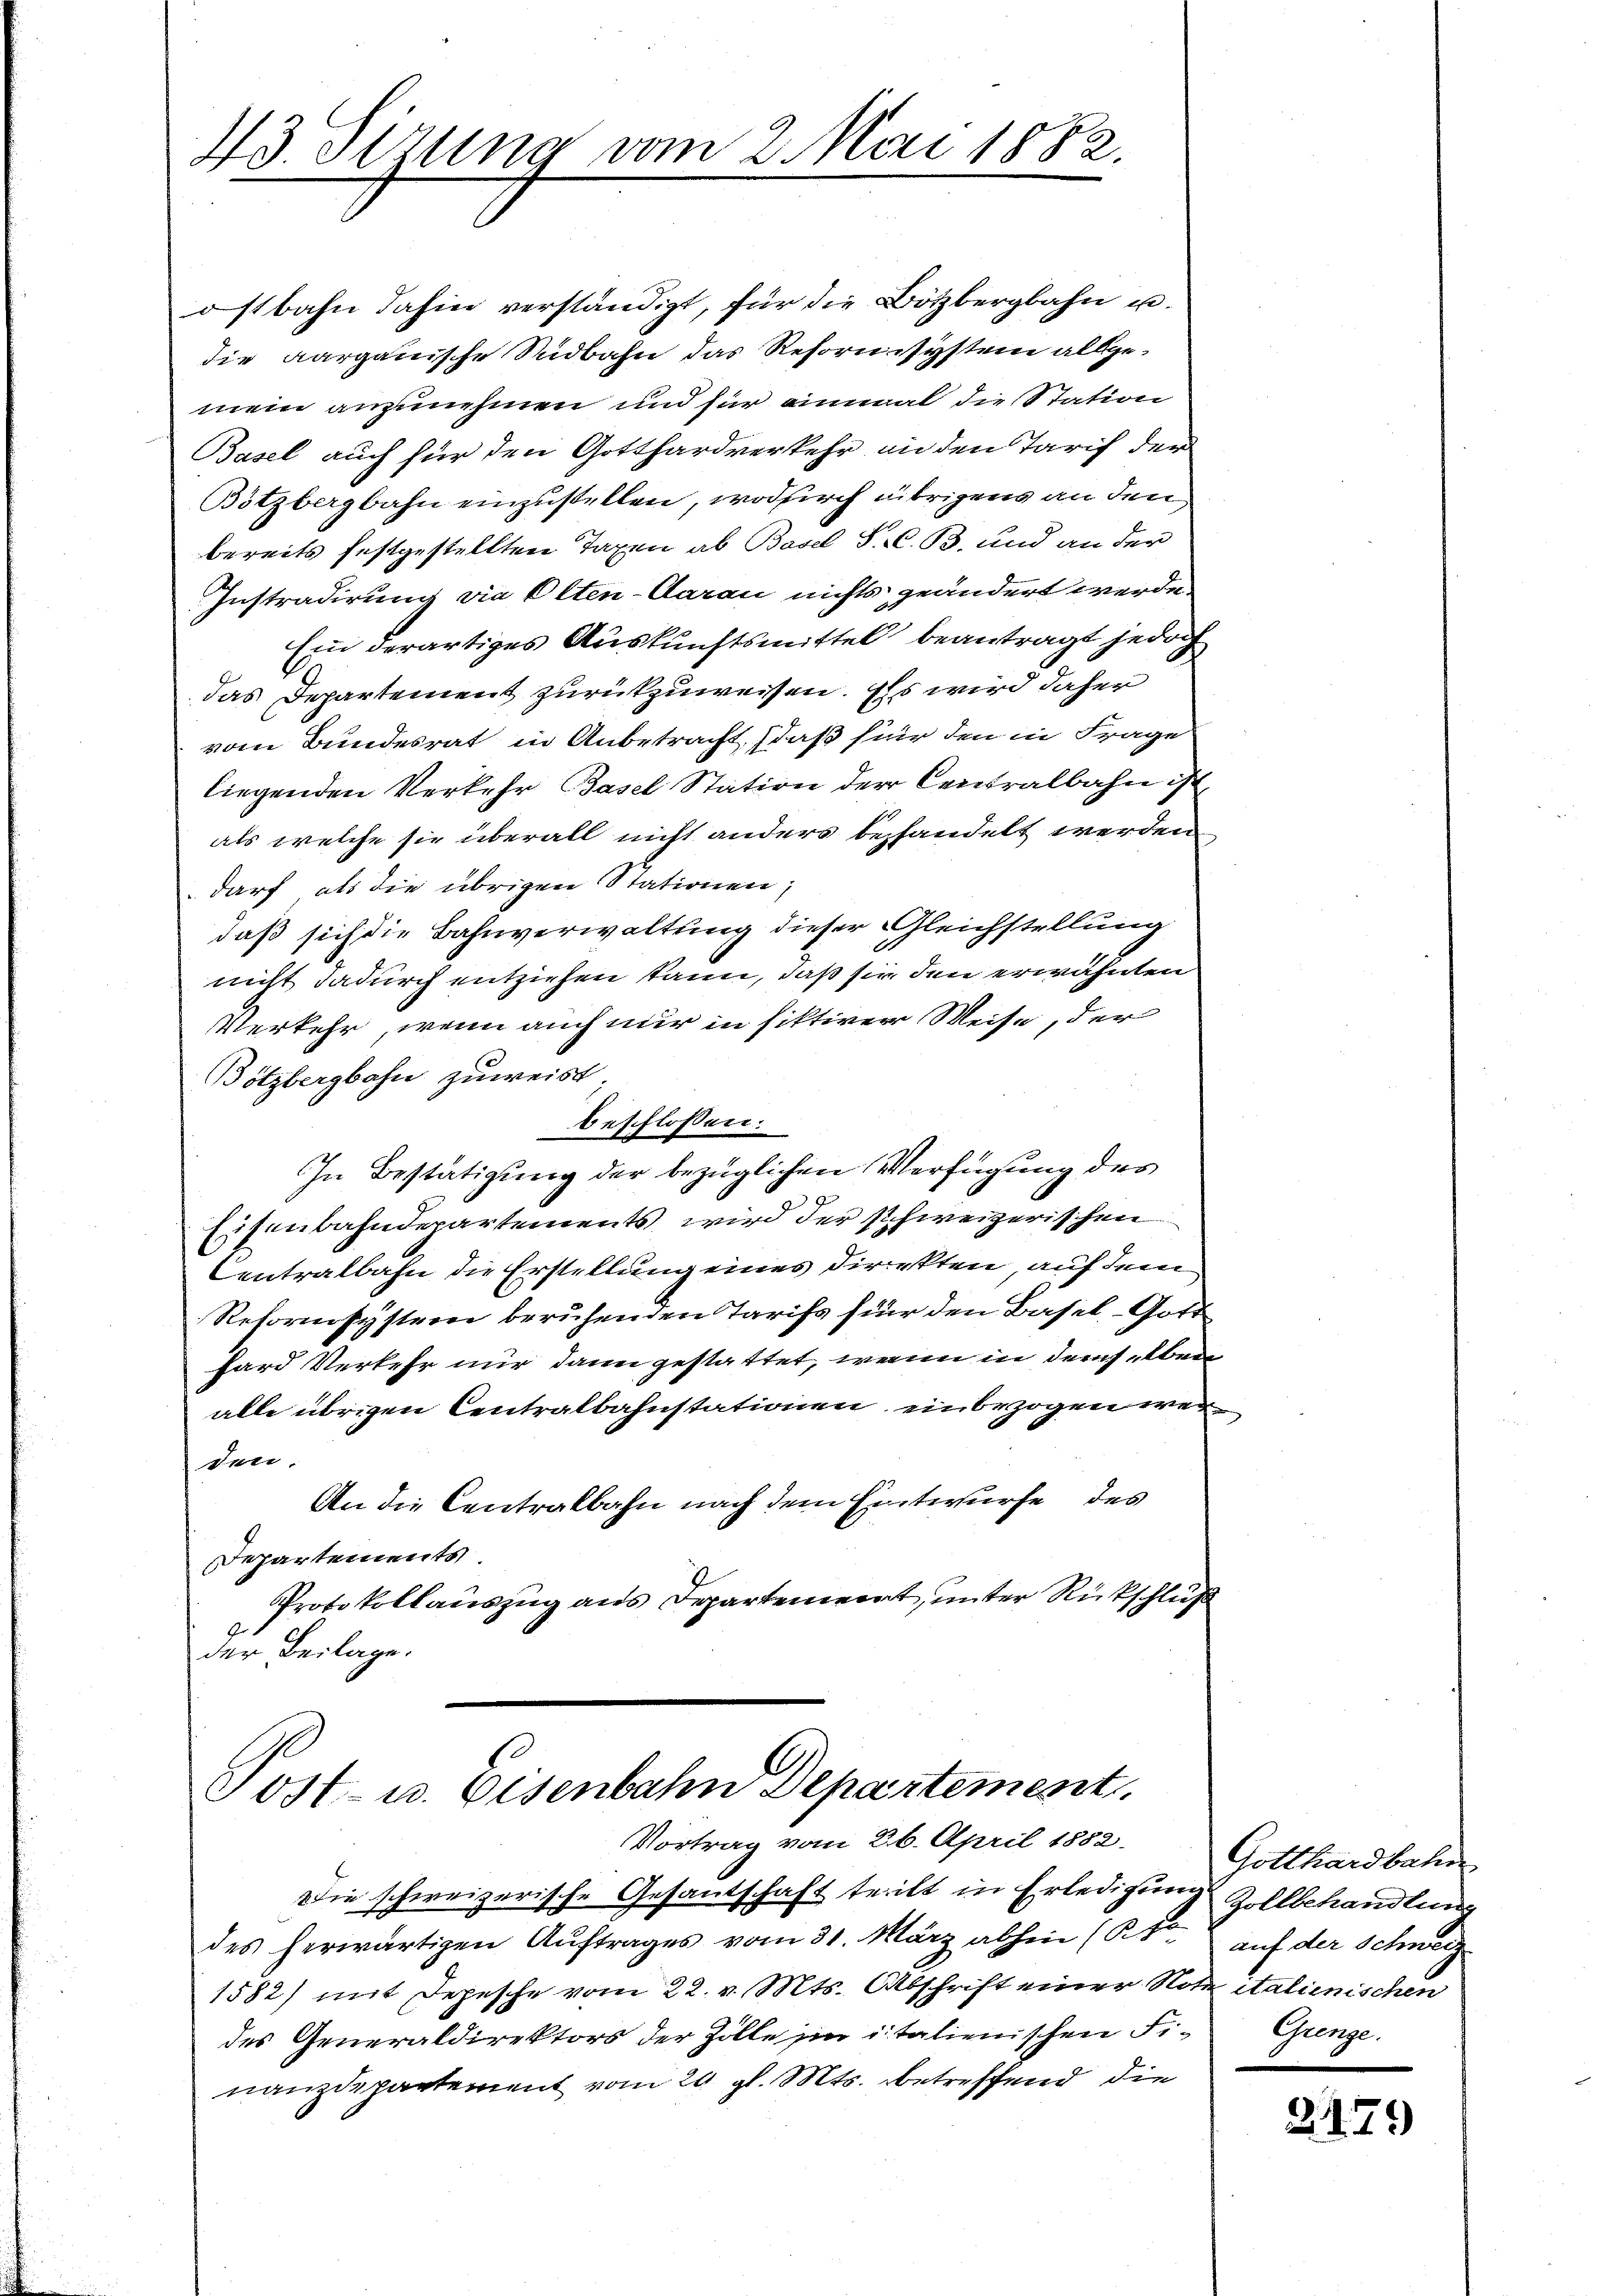
43. Sitzung vom 2. Mai 1882.

ostbahn dahin verständigt, für die Bötzbergbahn u.
die aargauische Südbahn das Reforn system allgemein anzunehmen und für einmal die Station
Basel auch für den Gotthardverkehr in den Tarif der
Bötzbergbahn einzustellen, wodurch übrigens an den
bereits festgestellten Taxen ab Basel S. z. B. und an der
Instradirung vie Olten-Caran nichts geändert werde.
Ein derartiges Auskunftsmittel beantragt jedoch
das Departement zurückzuweisen. Es wird daher
vom Bundesrat in Anbetracht, daß für den in Frage
liegenden Verkehr Basel Station der Centralbahn ist
als welche sie überall nicht anders behandelt werden
darf, als die übrigen Stationen,
daß sich die Bahnverwaltung dieser Gleichstellung
nicht dadurch entziehen kann, daß sie den erwähnten
Verkehr, wenn auch mir in fiktiver Weise, der
Bötzbergbahn zuweist;
beschlossen:
In Bestätigung der bezüglichen Verfügung des
Eisenbahndepartements wird der schweizerischen
Centralbahn die Erstellung eines Direkten, auf dem
Reformsysterne beruhenden Tarifs für den Basel, Gott
hard Verkehr nur dann gestattet, wenn in demselben
alle übrigen Centralbahnstationen, einbezogen werden.
An die Centralbahn nach dem Entwurfe des
Departements.
Protokollauszug aus Departeniert, unter Rückschluß
der Beilage.

Post- u. Eisenbahn Departement
Vortrag vom 26. April 1852.

Die schweizerische Gesantschaft teilt in Erledigung Zollbehandlung
des herwärtigen Auftrages vom 31. März abhin (S. auf der Schweiz
1582) mit Depesche vom 22. v. Mts. Abschrift einer Note italienischen
des Generaldirektors der Zolle in italienischen Fi¬ Grenze.
nanzdepartement vom 20. gl. Mts. betreffend die

Gotthardbahn

2179)